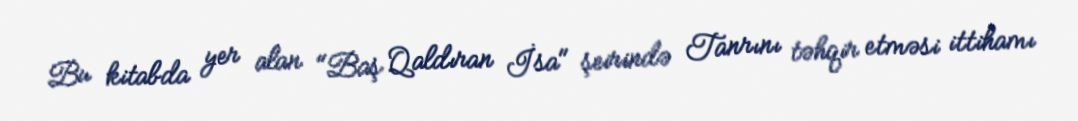
Bu kitabda yer alan "Baş Qaldıran İsa" şeirində Tanrını təhqir etməsi ittihamı